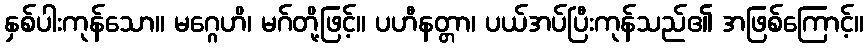
နှစ်ပါးကုန်သော။ မဂ္ဂေဟိ၊ မဂ်တို့ဖြင့်။ ပဟီနတ္တာ၊ ပယ်အပ်ပြီးကုန်သည်၏ အဖြစ်ကြောင့်။